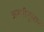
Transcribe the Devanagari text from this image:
जरूरीनुसार